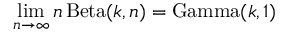
\operatorname* { l i m } _ { n \to \infty } n \operatorname { B e t a } ( k , n ) = \operatorname { G a m m a } ( k , 1 )